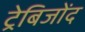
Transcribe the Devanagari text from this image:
ट्रेबिजोंद